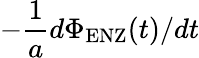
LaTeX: -\frac{1}{a}d\Phi_{\mathrm{ENZ}}(t)/dt